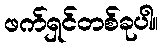
ဖက်ရှင်တစ်ခုပါ။